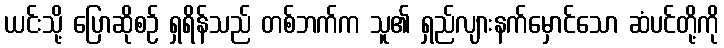
ယင်းသို့ ပြောဆိုစဉ် ရှရိန်သည် တစ်ဘက်က သူ၏ ရှည်လျားနက်မှောင်သော ဆံပင်တို့ကို